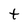
Character: t